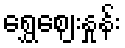
ရွှေဈေးနှုန်း